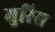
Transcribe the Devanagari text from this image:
मुरिस